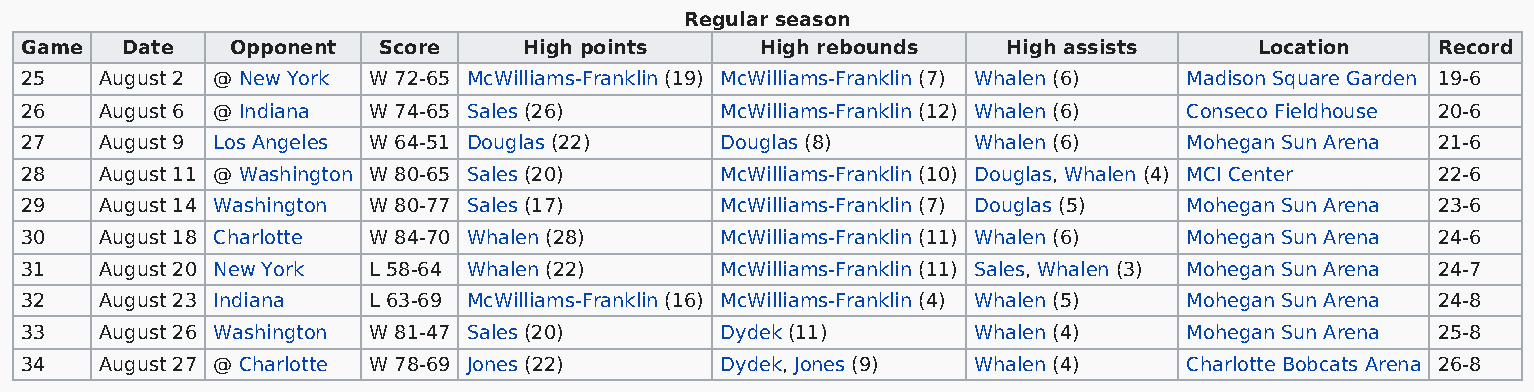
Regular season
 Game   Date   Opponent  Score     High points    High rebounds    High assists    Location    Record
 25    August 2 @ New York W 72-65 McWilliams-Franklin (19) McWilliams-Franklin (7) Whalen (6) Madison Square Garden 19-6
 26    August 6 @ Indiana W 74-65 Sales (26)    McWilliams-Franklin (12) Whalen (6) Conseco Fieldhouse 20-6
 27    August 9 Los Angeles W 64-51 Douglas (22) Douglas (8)    Whalen (6)     Mohegan Sun Arena 21-6
 28    August 11 @ Washington W 80-65 Sales (20) McWilliams-Franklin (10) Douglas, Whalen (4) MCI Center 22-6
 29    August 14 Washington W 80-77 Sales (17)  McWilliams-Franklin (7) Douglas (5) Mohegan Sun Arena 23-6
 30    August 18 Charlotte W 84-70 Whalen (28)  McWilliams-Franklin (11) Whalen (6) Mohegan Sun Arena 24-6
 31    August 20 New York L 58-64 Whalen (22)   McWilliams-Franklin (11) Sales, Whalen (3) Mohegan Sun Arena 24-7
 32    August 23 Indiana L 63-69 McWilliams-Franklin (16) McWilliams-Franklin (4) Whalen (5) Mohegan Sun Arena 24-8
 33    August 26 Washington W 81-47 Sales (20)  Dydek (11)      Whalen (4)     Mohegan Sun Arena 25-8
 34    August 27 @ Charlotte W 78-69 Jones (22) Dydek, Jones (9) Whalen (4)    Charlotte Bobcats Arena 26-8